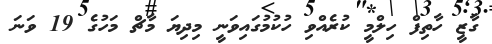
ގާޒީ ހާތިފް ހިލްމީ ކުރެއްވި ހުކުމުގައިވަނީ މިދިޔަ މާޗް މަހުގެ 19 ވަނަ